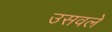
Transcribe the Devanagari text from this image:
उसवले